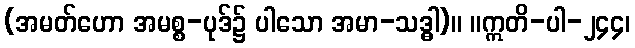
(အမတ်ဟော အမစ္စ-ပုဒ်၌ ပါသော အမာ-သဒ္ဓါ)။ ။ဣတိ-ပါ-၂၄၄၊